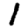
Digit: 1